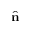
\hat { \bf n }